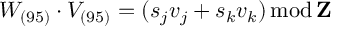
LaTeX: W _ { ( 9 5 ) } \cdot V _ { ( 9 5 ) } = ( s _ { j } v _ { j } + s _ { k } v _ { k } ) \mathrm { \, m o d \, } { \bf Z }